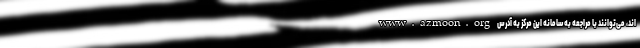
اند، می‌توانند با مراجعه به سامانه این مرکز به آدرس www.azmoon.org